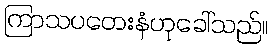
ကြာသပတေးနံဟုခေါ်သည်။